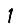
Digit: 1